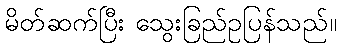
မိတ်ဆက်ပြီး သွေးခြည်ဥပြန်သည်။